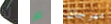
لا ثم مهرجان